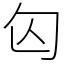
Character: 匃